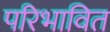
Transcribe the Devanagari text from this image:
परिभावित